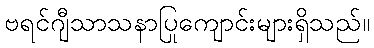
ဗရင်ဂျီသာသနာပြုကျောင်းများရှိသည်။